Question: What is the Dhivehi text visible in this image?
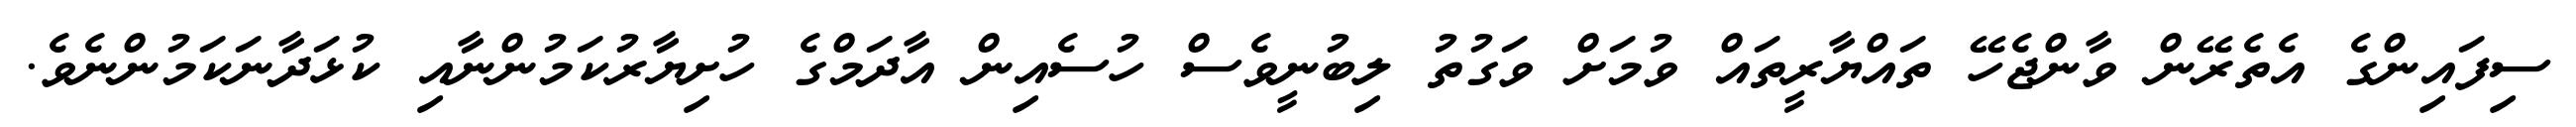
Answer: ސިފައިންގެ އެތެރޭން ވާންޖެހޭ ތައްޔާރީތައް ވުމަށް ވަގުތު ލިބުނީވެސް ހުސެއިން އާދަމްގެ ހުށިޔާރުކަމުންނާއި ކުޅަދާނަކަމުންނެވެ.